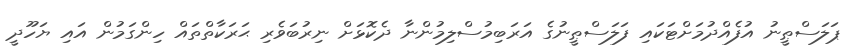
ޕަލަސްޠީނު އުފެއްދުމަށްޓަކައި ފަލަސްޠީނުގެ އަރަބިމުސްލިމުންނާ ދެކޮޅަށް ނިރުބަވެރި ޙަރަކާތްތައް ހިންގަމުން އައި ޔަހޫދީ